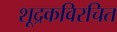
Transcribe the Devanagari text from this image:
शूद्रकविरचित